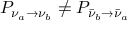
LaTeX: P _ { \nu _ { a } \rightarrow \nu _ { b } } \neq P _ { { \bar { \nu } } _ { b } \rightarrow { \bar { \nu } } _ { a } }